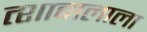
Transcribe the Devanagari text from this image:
त्शाबालाला